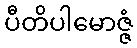
ပီတိပါမောဇ္ဇံ